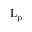
\mathrm { L } _ { \mathrm { p } }